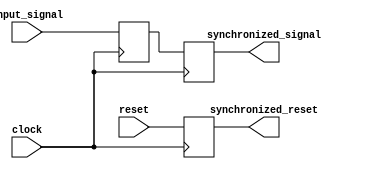
module TimingControlSync(
    input wire clock,
    input wire reset,
    input wire input_signal,
    output reg synchronized_signal,
    output reg synchronized_reset
);

reg synced_clock;

always @(posedge clock) begin
    synced_clock <= input_signal;
    synchronized_signal <= synced_clock;
    synchronized_reset <= reset;
end

endmodule